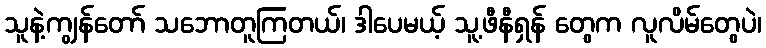
သူနဲ့ကျွန်တော် သဘောတူကြတယ်၊ ဒါပေမယ့် သူ့ဖီနီရှန် တွေက လူလိမ်တွေပဲ၊